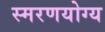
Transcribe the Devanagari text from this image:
स्मरणयोग्य